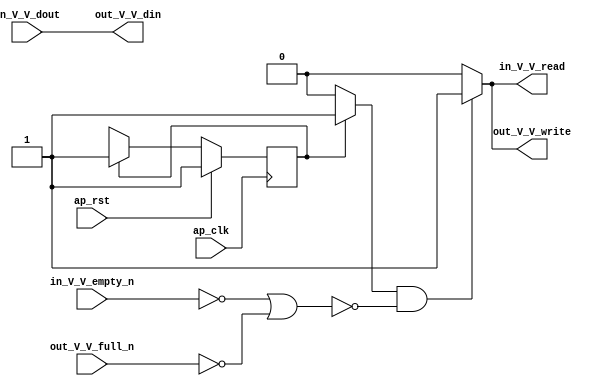
// ==============================================================
// RTL generated by Vivado(TM) HLS - High-Level Synthesis from C, C++ and SystemC
// Version: 2015.4
// Copyright (C) 2015 Xilinx Inc. All rights reserved.
// 
// ===========================================================

`timescale 1 ns / 1 ps 

(* CORE_GENERATION_INFO="ip_loopback,hls_ip_2015_4,{HLS_INPUT_TYPE=cxx,HLS_INPUT_FLOAT=0,HLS_INPUT_FIXED=1,HLS_INPUT_PART=xc7vx485tffg1761-2,HLS_INPUT_CLOCK=4.000000,HLS_INPUT_ARCH=pipeline,HLS_SYN_CLOCK=2.000000,HLS_SYN_LAT=0,HLS_SYN_TPT=1,HLS_SYN_MEM=0,HLS_SYN_DSP=0,HLS_SYN_FF=1,HLS_SYN_LUT=1}" *)

module ip_loopback (
        ap_clk,
        ap_rst,
        in_V_V_dout,
        in_V_V_empty_n,
        in_V_V_read,
        out_V_V_din,
        out_V_V_full_n,
        out_V_V_write
);

parameter    ap_const_logic_1 = 1'b1;
parameter    ap_const_logic_0 = 1'b0;
parameter    ap_ST_st1_fsm_0 = 1'b1;
parameter    ap_const_lv32_0 = 32'b00000000000000000000000000000000;
parameter    ap_const_lv1_1 = 1'b1;
parameter    ap_true = 1'b1;

input   ap_clk;
input   ap_rst;
input  [31:0] in_V_V_dout;
input   in_V_V_empty_n;
output   in_V_V_read;
output  [31:0] out_V_V_din;
input   out_V_V_full_n;
output   out_V_V_write;

reg in_V_V_read;
reg out_V_V_write;
(* fsm_encoding = "none" *) reg   [0:0] ap_CS_fsm = 1'b1;
reg    ap_sig_cseq_ST_st1_fsm_0;
reg    ap_sig_bdd_23;
reg    ap_sig_bdd_29;
reg   [0:0] ap_NS_fsm;




always @ (posedge ap_clk) begin : ap_ret_ap_CS_fsm
    if (ap_rst == 1'b1) begin
        ap_CS_fsm <= ap_ST_st1_fsm_0;
    end else begin
        ap_CS_fsm <= ap_NS_fsm;
    end
end

always @ (ap_sig_bdd_23) begin
    if (ap_sig_bdd_23) begin
        ap_sig_cseq_ST_st1_fsm_0 = ap_const_logic_1;
    end else begin
        ap_sig_cseq_ST_st1_fsm_0 = ap_const_logic_0;
    end
end

always @ (ap_sig_cseq_ST_st1_fsm_0 or ap_sig_bdd_29) begin
    if (((ap_const_logic_1 == ap_sig_cseq_ST_st1_fsm_0) & ~ap_sig_bdd_29)) begin
        in_V_V_read = ap_const_logic_1;
    end else begin
        in_V_V_read = ap_const_logic_0;
    end
end

always @ (ap_sig_cseq_ST_st1_fsm_0 or ap_sig_bdd_29) begin
    if (((ap_const_logic_1 == ap_sig_cseq_ST_st1_fsm_0) & ~ap_sig_bdd_29)) begin
        out_V_V_write = ap_const_logic_1;
    end else begin
        out_V_V_write = ap_const_logic_0;
    end
end
always @ (ap_CS_fsm or ap_sig_bdd_29) begin
    case (ap_CS_fsm)
        ap_ST_st1_fsm_0 : 
        begin
            ap_NS_fsm = ap_ST_st1_fsm_0;
        end
        default : 
        begin
            ap_NS_fsm = 'bx;
        end
    endcase
end



always @ (ap_CS_fsm) begin
    ap_sig_bdd_23 = (ap_CS_fsm[ap_const_lv32_0] == ap_const_lv1_1);
end


always @ (in_V_V_empty_n or out_V_V_full_n) begin
    ap_sig_bdd_29 = ((in_V_V_empty_n == ap_const_logic_0) | (out_V_V_full_n == ap_const_logic_0));
end

assign out_V_V_din = in_V_V_dout;


endmodule //ip_loopback